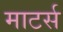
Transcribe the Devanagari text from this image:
माटर्स